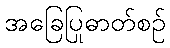
အခြေပြုဓာတ်စဉ်